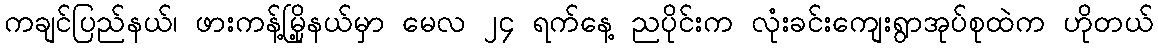
ကချင်ပြည်နယ်၊ ဖားကန့်မြို့နယ်မှာ မေလ ၂၄ ရက်နေ့ ညပိုင်းက လုံးခင်းကျေးရွာအုပ်စုထဲက ဟိုတယ်